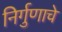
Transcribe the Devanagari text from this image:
निर्गुणाचे